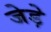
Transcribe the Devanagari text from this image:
जेड़े